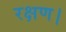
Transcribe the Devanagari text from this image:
रक्षण।